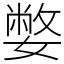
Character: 嫳